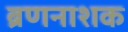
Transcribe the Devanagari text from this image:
ब्रणनाशक